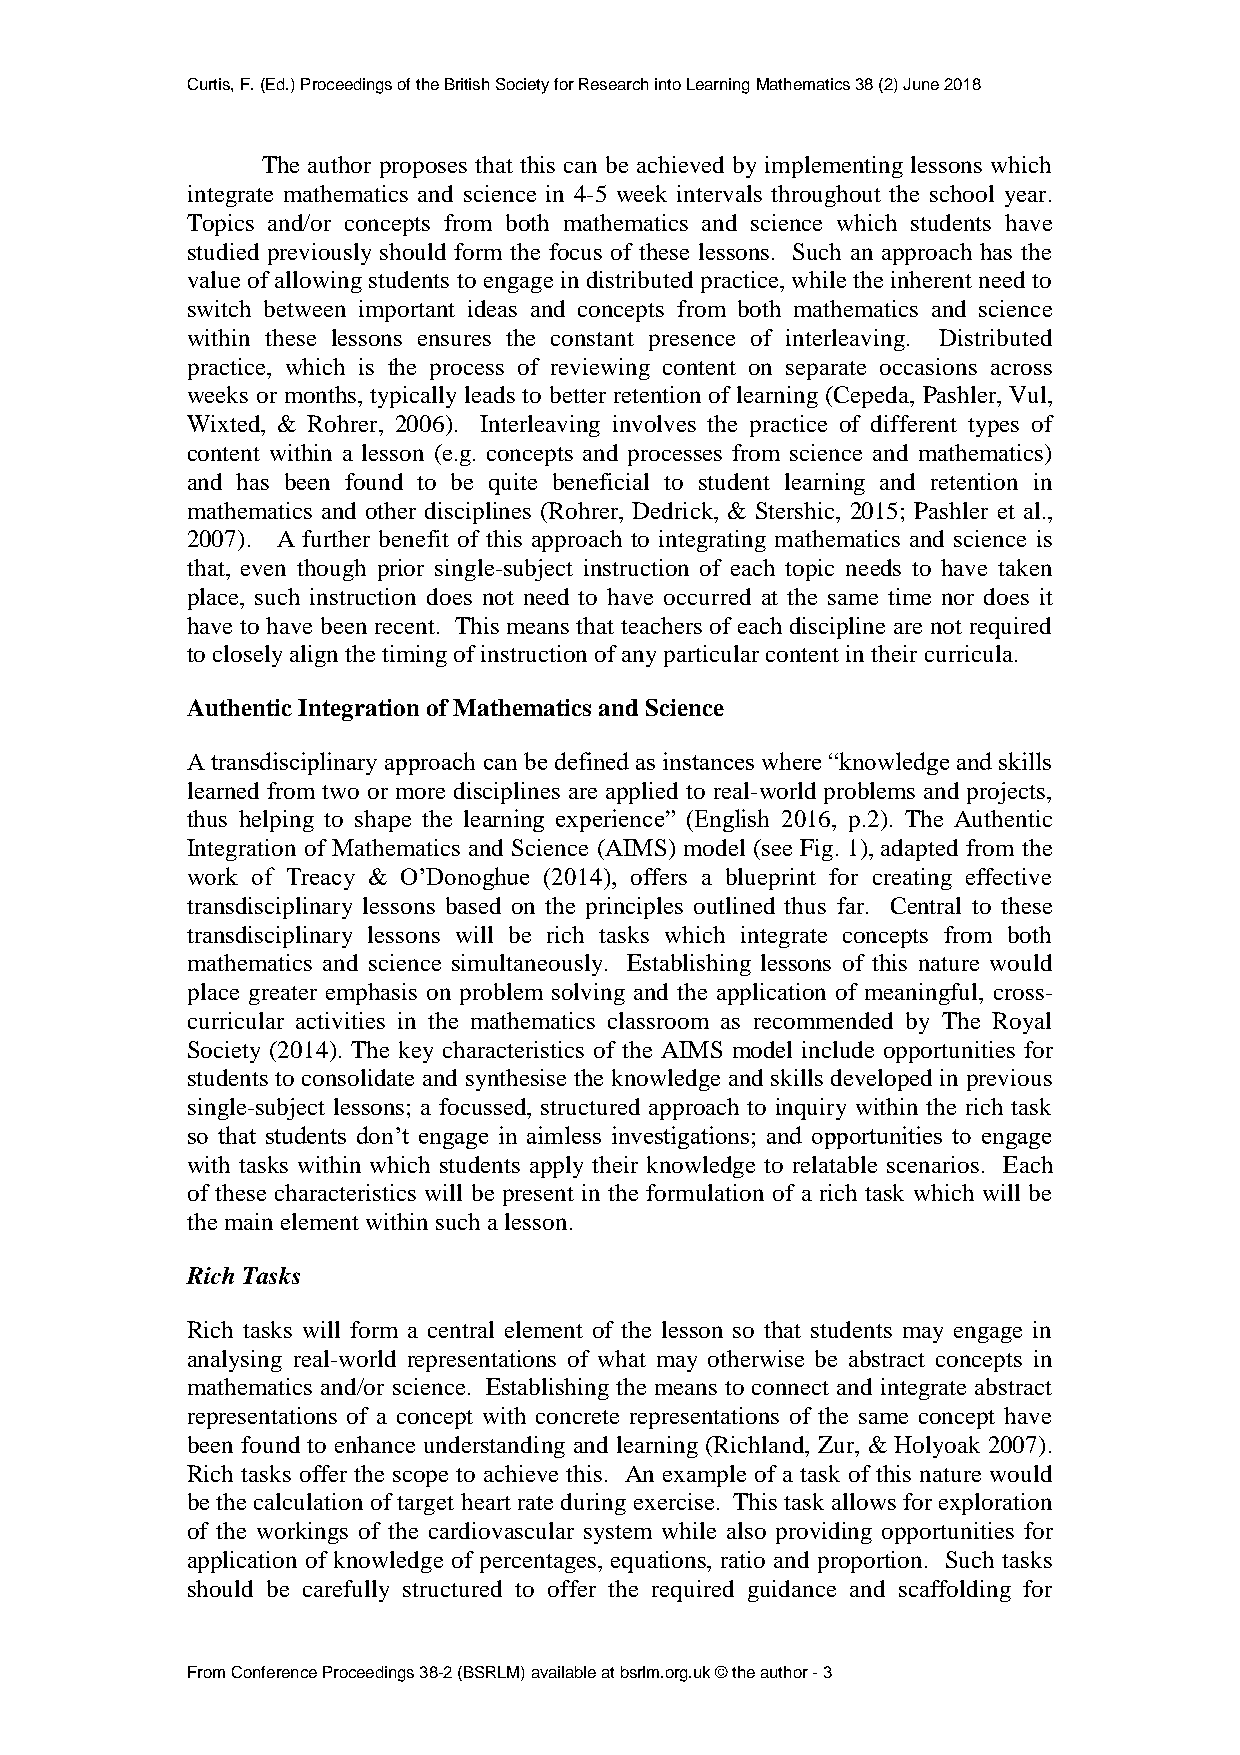
Curtis, F. (Ed.) Proceedings of the British Society for Research into Learning Mathematics 38 (2) June 2018
 The author proposes that this can be achieved by implementing lessons which
 integrate mathematics and science in 4-5 week intervals throughout the school year.
 Topics and/or concepts from both mathematics and science which students have
 studied previously should form the focus of these lessons. Such an approach has the
 value of allowing students to engage in distributed practice, while the inherent need to
 switch between important ideas and concepts from both mathematics and science
 within these lessons ensures the constant presence of interleaving. Distributed
 practice, which is the process of reviewing content on separate occasions across
 weeks or months, typically leads to better retention of learning (Cepeda, Pashler, Vul,
 Wixted, & Rohrer, 2006). Interleaving involves the practice of different types of
 content within a lesson (e.g. concepts and processes from science and mathematics)
 and has been found to be quite beneficial to student learning and retention in
 mathematics and other disciplines (Rohrer, Dedrick, & Stershic, 2015; Pashler et al.,
 2007). A further benefit of this approach to integrating mathematics and science is
 that, even though prior single-subject instruction of each topic needs to have taken
 place, such instruction does not need to have occurred at the same time nor does it
 have to have been recent. This means that teachers of each discipline are not required
 to closely align the timing of instruction of any particular content in their curricula.
 Authentic Integration of Mathematics and Science
 A transdisciplinary approach can be defined as instances where “knowledge and skills
 learned from two or more disciplines are applied to real-world problems and projects,
 thus helping to shape the learning experience” (English 2016, p.2). The Authentic
 Integration of Mathematics and Science (AIMS) model (see Fig. 1), adapted from the
 work of Treacy & O’Donoghue (2014), offers a blueprint for creating effective
 transdisciplinary lessons based on the principles outlined thus far. Central to these
 transdisciplinary lessons will be rich tasks which integrate concepts from both
 mathematics and science simultaneously. Establishing lessons of this nature would
 place greater emphasis on problem solving and the application of meaningful, cross-
 curricular activities in the mathematics classroom as recommended by The Royal
 Society (2014). The key characteristics of the AIMS model include opportunities for
 students to consolidate and synthesise the knowledge and skills developed in previous
 single-subject lessons; a focussed, structured approach to inquiry within the rich task
 so that students don’t engage in aimless investigations; and opportunities to engage
 with tasks within which students apply their knowledge to relatable scenarios. Each
 of these characteristics will be present in the formulation of a rich task which will be
 the main element within such a lesson.
 Rich Tasks
 Rich tasks will form a central element of the lesson so that students may engage in
 analysing real-world representations of what may otherwise be abstract concepts in
 mathematics and/or science. Establishing the means to connect and integrate abstract
 representations of a concept with concrete representations of the same concept have
 been found to enhance understanding and learning (Richland, Zur, & Holyoak 2007).
 Rich tasks offer the scope to achieve this. An example of a task of this nature would
 be the calculation of target heart rate during exercise. This task allows for exploration
 of the workings of the cardiovascular system while also providing opportunities for
 application of knowledge of percentages, equations, ratio and proportion. Such tasks
 should be carefully structured to offer the required guidance and scaffolding for
 From Conference Proceedings 38-2 (BSRLM) available at bsrlm.org.uk © the author - 3